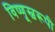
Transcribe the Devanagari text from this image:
विष्णूस्वरूपी